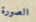
الصورة